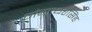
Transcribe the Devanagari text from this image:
गंगाधरसिंह